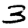
Digit: 3